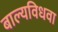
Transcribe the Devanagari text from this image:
बाल्यविधवा